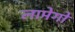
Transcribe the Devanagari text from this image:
लामेगो